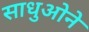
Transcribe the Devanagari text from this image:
साधुओने